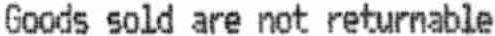
GOODS SOLD ARE NOT RETURNABLE